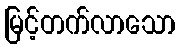
မြင့်တက်လာသော